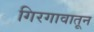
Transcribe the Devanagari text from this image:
गिरगावातून